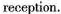
reception.